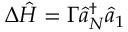
\Delta \hat { H } = \Gamma \hat { a } _ { N } ^ { \dagger } \hat { a } _ { 1 }